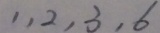
1 , 2 , 3 , 6